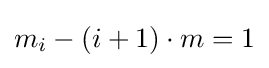
m_{i}-\left(i+1\right)\cdot m=1